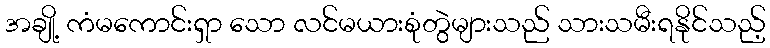
အချို့ ကံမကောင်းရှာ သော လင်မယားစုံတွဲများသည် သားသမီးရနိုင်သည့်